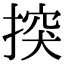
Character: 揬